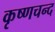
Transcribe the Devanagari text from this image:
कृष्णचन्द